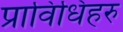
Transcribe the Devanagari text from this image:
प्राविधिहरु